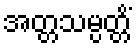
အတ္တသမ္ပတ္တိံ